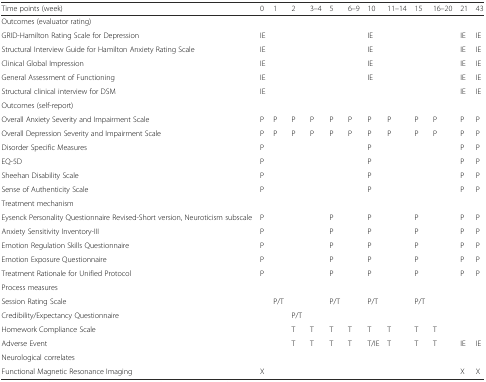
<table><thead><tr><td><b>Time points (week)</b></td><td><b>0</b></td><td><b>1</b></td><td><b>2</b></td><td><b>3–4</b></td><td><b>5</b></td><td><b>6–9</b></td><td><b>10</b></td><td><b>11–14</b></td><td><b>15</b></td><td><b>16–20</b></td><td><b>21</b></td><td><b>43</b></td></tr></thead><tbody><tr><td>Outcomes (evaluator rating)</td><td></td><td></td><td></td><td></td><td></td><td></td><td></td><td></td><td></td><td></td><td></td><td></td></tr><tr><td>GRID-Hamilton Rating Scale for Depression</td><td>IE</td><td></td><td></td><td></td><td></td><td></td><td>IE</td><td></td><td></td><td></td><td>IE</td><td>IE</td></tr><tr><td>Structural Interview Guide for Hamilton Anxiety Rating Scale</td><td>IE</td><td></td><td></td><td></td><td></td><td></td><td>IE</td><td></td><td></td><td></td><td>IE</td><td>IE</td></tr><tr><td>Clinical Global Impression</td><td>IE</td><td></td><td></td><td></td><td></td><td></td><td>IE</td><td></td><td></td><td></td><td>IE</td><td>IE</td></tr><tr><td>General Assessment of Functioning</td><td>IE</td><td></td><td></td><td></td><td></td><td></td><td>IE</td><td></td><td></td><td></td><td>IE</td><td>IE</td></tr><tr><td>Structural clinical interview for DSM</td><td>IE</td><td></td><td></td><td></td><td></td><td></td><td></td><td></td><td></td><td></td><td>IE</td><td>IE</td></tr><tr><td>Outcomes (self-report)</td><td></td><td></td><td></td><td></td><td></td><td></td><td></td><td></td><td></td><td></td><td></td><td></td></tr><tr><td>Overall Anxiety Severity and Impairment Scale</td><td>P</td><td>P</td><td>P</td><td>P</td><td>P</td><td>P</td><td>P</td><td>P</td><td>P</td><td>P</td><td>P</td><td>P</td></tr><tr><td>Overall Depression Severity and Impairment Scale</td><td>P</td><td>P</td><td>P</td><td>P</td><td>P</td><td>P</td><td>P</td><td>P</td><td>P</td><td>P</td><td>P</td><td>P</td></tr><tr><td>Disorder Specific Measures</td><td>P</td><td></td><td></td><td></td><td></td><td></td><td>P</td><td></td><td></td><td></td><td>P</td><td>P</td></tr><tr><td>EQ-5D</td><td>P</td><td></td><td></td><td></td><td></td><td></td><td>P</td><td></td><td></td><td></td><td>P</td><td>P</td></tr><tr><td>Sheehan Disability Scale</td><td>P</td><td></td><td></td><td></td><td></td><td></td><td>P</td><td></td><td></td><td></td><td>P</td><td>P</td></tr><tr><td>Sense of Authenticity Scale</td><td>P</td><td></td><td></td><td></td><td></td><td></td><td>P</td><td></td><td></td><td></td><td>P</td><td>P</td></tr><tr><td>Treatment mechanism</td><td></td><td></td><td></td><td></td><td></td><td></td><td></td><td></td><td></td><td></td><td></td><td></td></tr><tr><td>Eysenck Personality Questionnaire Revised-Short version, Neuroticism subscale</td><td>P</td><td></td><td></td><td></td><td>P</td><td></td><td>P</td><td></td><td>P</td><td></td><td>P</td><td>P</td></tr><tr><td>Anxiety Sensitivity Inventory-III</td><td>P</td><td></td><td></td><td></td><td>P</td><td></td><td>P</td><td></td><td>P</td><td></td><td>P</td><td>P</td></tr><tr><td>Emotion Regulation Skills Questionnaire</td><td>P</td><td></td><td></td><td></td><td>P</td><td></td><td>P</td><td></td><td>P</td><td></td><td>P</td><td>P</td></tr><tr><td>Emotion Exposure Questionnaire</td><td>P</td><td></td><td></td><td></td><td>P</td><td></td><td>P</td><td></td><td>P</td><td></td><td>P</td><td>P</td></tr><tr><td>Treatment Rationale for Unified Protocol</td><td>P</td><td></td><td></td><td></td><td>P</td><td></td><td>P</td><td></td><td>P</td><td></td><td>P</td><td>P</td></tr><tr><td>Process measures</td><td></td><td></td><td></td><td></td><td></td><td></td><td></td><td></td><td></td><td></td><td></td><td></td></tr><tr><td>Session Rating Scale</td><td></td><td>P/T</td><td></td><td></td><td>P/T</td><td></td><td>P/T</td><td></td><td>P/T</td><td></td><td></td><td></td></tr><tr><td>Credibility/Expectancy Questionnaire</td><td></td><td></td><td>P/T</td><td></td><td></td><td></td><td></td><td></td><td></td><td></td><td></td><td></td></tr><tr><td>Homework Compliance Scale</td><td></td><td></td><td>T</td><td>T</td><td>T</td><td>T</td><td>T</td><td>T</td><td>T</td><td>T</td><td></td><td></td></tr><tr><td>Adverse Event</td><td></td><td></td><td>T</td><td>T</td><td>T</td><td>T</td><td>T/IE</td><td>T</td><td>T</td><td>T</td><td>IE</td><td>IE</td></tr><tr><td>Neurological correlates</td><td></td><td></td><td></td><td></td><td></td><td></td><td></td><td></td><td></td><td></td><td></td><td></td></tr><tr><td>Functional Magnetic Resonance Imaging</td><td>X</td><td></td><td></td><td></td><td></td><td></td><td></td><td></td><td></td><td></td><td>X</td><td>X</td></tr></tbody></table>